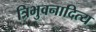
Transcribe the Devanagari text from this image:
त्रिभुवनादित्य